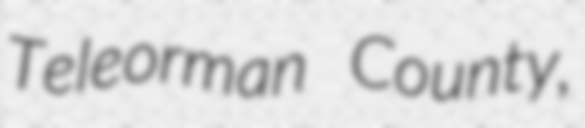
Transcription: Teleorman County,